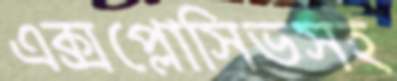
এক্সপ্লোসিভসহ